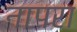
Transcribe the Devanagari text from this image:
नापरा